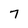
Character: 7